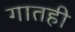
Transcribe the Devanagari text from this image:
गातही